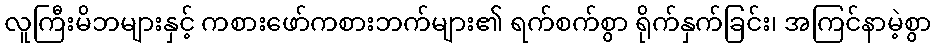
လူကြီးမိဘများနှင့် ကစားဖော်ကစားဘက်များ၏ ရက်စက်စွာ ရိုက်နှက်ခြင်း၊ အကြင်နာမဲ့စွာ